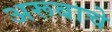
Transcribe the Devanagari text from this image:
अरूबाचे